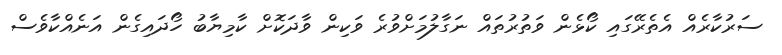
ސަރުކާރެއް އެތެރޭގައި ކޯޅެން ވަތުރުތައް ނަގާލުމަށްވުރެ ވަކިން ވާދަކޮށް ކާމިޔާބު ހޯދައިގެން އަނެއްކާވެސް